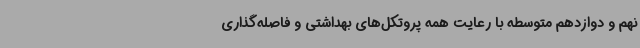
نهم و دوازدهم متوسطه با رعایت همه پروتکل‌های بهداشتی و فاصله‌گذاری